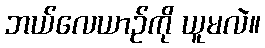
ဘယ်လေယာဉ်ကို ယူမလဲ။